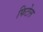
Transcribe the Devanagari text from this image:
फिटेल